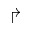
\Rsh